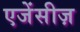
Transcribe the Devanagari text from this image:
एजेंसीज़